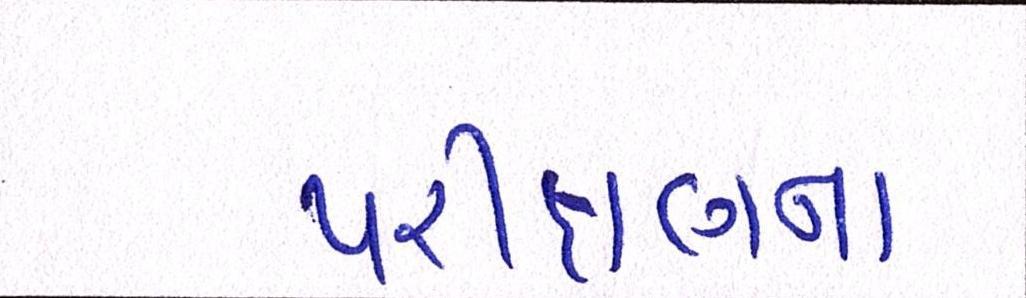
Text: પરીક્ષણના